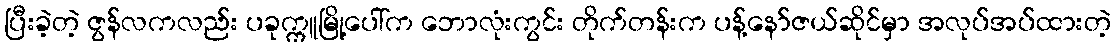
ပြီးခဲ့တဲ့ ဇွန်လကလည်း ပခုက္ကူမြို့ပေါ်က ဘောလုံးကွင်း တိုက်တန်းက ပန့်နော်ဇယ်ဆိုင်မှာ အလုပ်အပ်ထားတဲ့